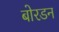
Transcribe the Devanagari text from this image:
बोरडन